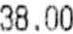
38.00